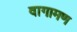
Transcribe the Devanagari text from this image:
वागामण